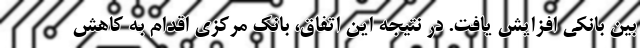
بین بانکی افزایش یافت. در نتیجه این اتفاق، بانک مرکزی اقدام به کاهش